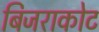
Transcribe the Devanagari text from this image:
बिजराकोट